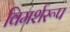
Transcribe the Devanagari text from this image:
विमर्शरूप